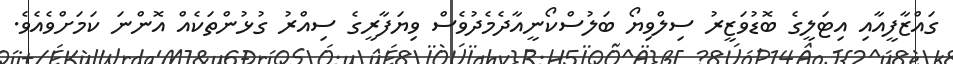
ގައްޒާފީއާއި އިޓަލީގެ ބޮޑުވަޒީރު ސިލްވިޔޯ ބަލުސްކޯނީއާދެމެދުވެސް ވިޔަފާރީގެ ސިއްރު ގުޅުންތަކެއް އޮންނަ ކަމަށްވެއެވެ.